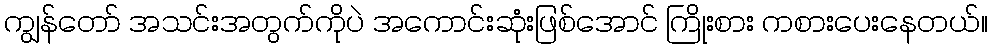
ကျွန်တော် အသင်းအတွက်ကိုပဲ အကောင်းဆုံးဖြစ်အောင် ကြိုးစား ကစားပေးနေတယ်။